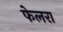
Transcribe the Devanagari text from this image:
फेलरा